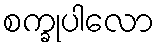
စက္ခုပါလော